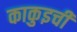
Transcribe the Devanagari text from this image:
काकुइची